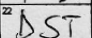
Transcription: DST